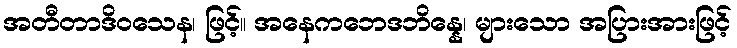
အတီတာဒိဝသေန၊ ဖြင့်။ အနေကဘေဒဘိန္နေ၊ များသော အပြားအားဖြင့်